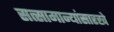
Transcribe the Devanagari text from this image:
सत्सामान्यांसारखे